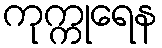
ကုက္ကုရေန